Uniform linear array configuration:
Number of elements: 8
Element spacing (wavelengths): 0.5
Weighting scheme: uniform
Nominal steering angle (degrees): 0
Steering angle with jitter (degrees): -0.1208
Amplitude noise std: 0.05
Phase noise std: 0.05

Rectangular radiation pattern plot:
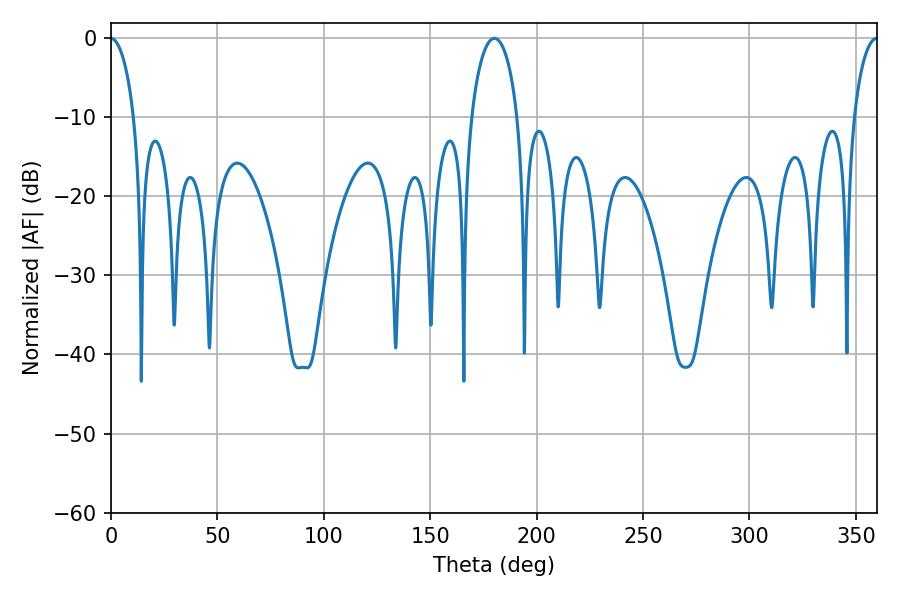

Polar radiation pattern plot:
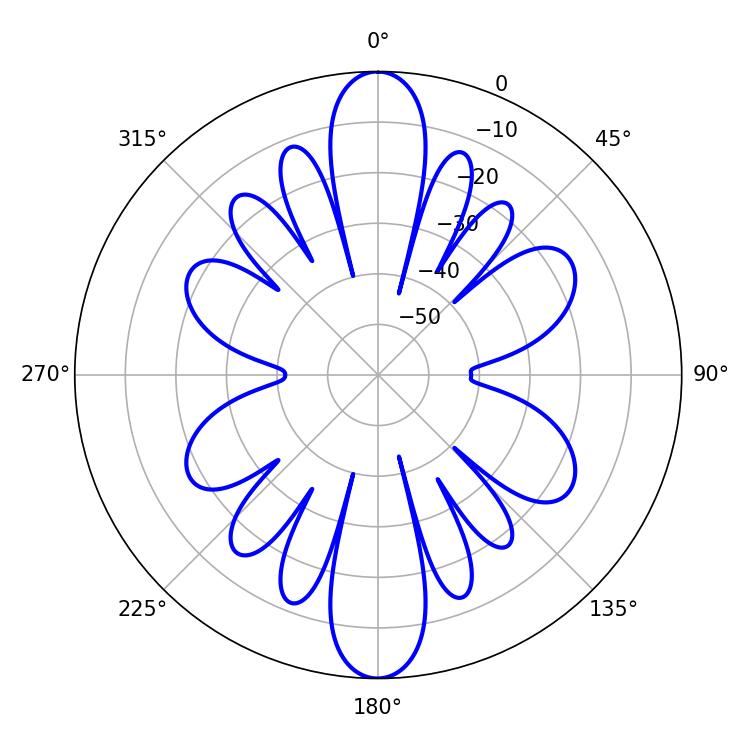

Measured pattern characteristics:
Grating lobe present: FALSE
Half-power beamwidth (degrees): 12.42
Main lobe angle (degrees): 180.18